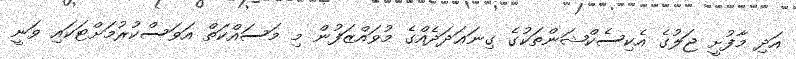
އަދި މާފުށީ ޖަލުގެ އެކިސެކްޝަންތަކުގެ ގިނަޢަދަދެއްގެ މުވައްޒަފުން މި މަސައްކަތް އަވަސްކުރުމަށްޓަކައި ވަނީ